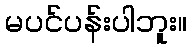
မပင်ပန်းပါဘူး။